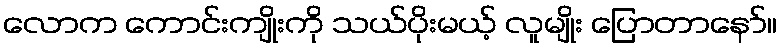
လောက ကောင်းကျိုးကို သယ်ပိုးမယ့် လူမျိုး ပြောတာနော်။